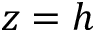
z = h